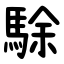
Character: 駼